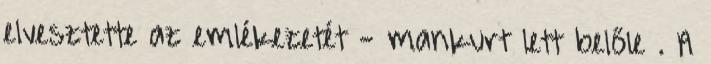
elvesztette az emlékezetét - mankurt lett belőle . A